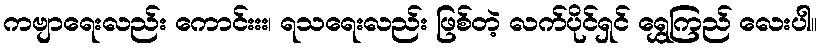
ကဗျာရေးလည်း ကောင်းးး၊ ရသရေးလည်း ဖြစ်တဲ့ လက်ပိုင်ရှင် ရွှေကြည် လေးပါ။